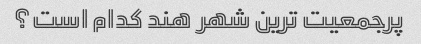
پرجمعیت ترین شهر هند کدام است؟